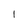
Character: l